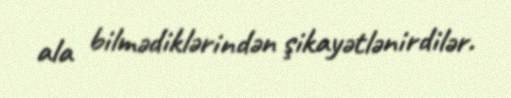
ala bilmədiklərindən şikayətlənirdilər.